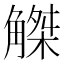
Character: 𧤠